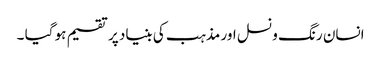
انسان رنگ و نسل اور مذہب کی بنیاد پر تقسیم ہو گیا ۔